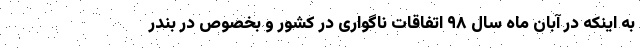
به اینکه در آبان ماه سال ۹۸ اتفاقات ناگواری در کشور و بخصوص در بندر